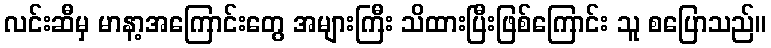
လင်းဆီမှ မာနာ့အကြောင်းတွေ အများကြီး သိထားပြီးဖြစ်ကြောင်း သူ စပြောသည်။